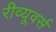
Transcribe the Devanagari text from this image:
रीव्यूवर्स